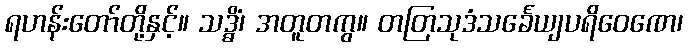
ရဟန်းတော်တို့နှင့်။ သဒ္ဓိံ၊ အတူတကွ။ တတြသုဒံသင်္ခေယျပရိဝေဏေ၊